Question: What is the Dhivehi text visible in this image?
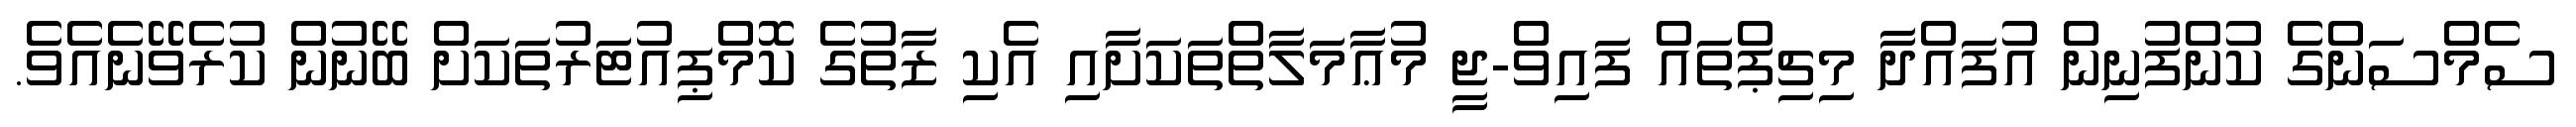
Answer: ސެމްސަންގެ ކުންފުނިން އުފައްދާ މިޗިޕްތައް ފައިވް-ޖީ މުޢާމަލާތްތަކަށާއި އެކި ޒާތުގެ ކޮމްޕިއުޓަރުތަކަށް ބޭނުން ކުރެވޭނެއެވެ.